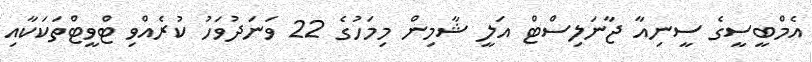
އެމްބީސީގެ ސީނިއާ ޖާނަލިސްޓް އަލީ ޝާމިން މިމަހުގެ 22 ވަނަދުވަހު ކުރެއްވި ޓްވީޓްތަކަކާއި